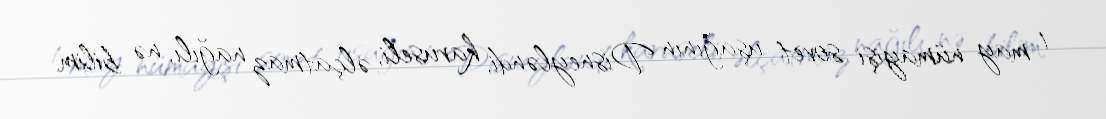
1 may nümayişi sovet uşağının Disneyləndi, karuseli, əlçatmaz nağılı, nə bilim,